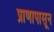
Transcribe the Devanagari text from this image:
प्राणापासून